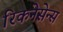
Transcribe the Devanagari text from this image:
रिकनेसेन्स